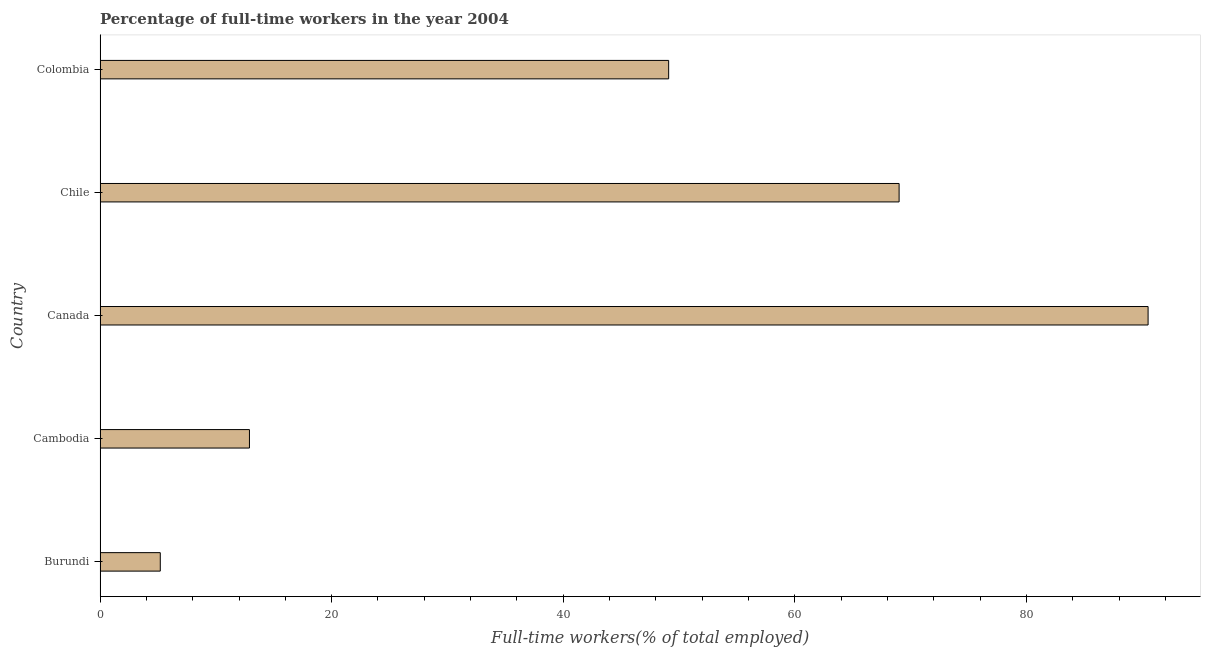
| Country | Wage and salaried workers |
 | --- | --- |
 | Burundi | 5.2 |
 | Cambodia | 12.9 |
 | Canada | 90.5 |
 | Chile | 69 |
 | Colombia | 49.1 |